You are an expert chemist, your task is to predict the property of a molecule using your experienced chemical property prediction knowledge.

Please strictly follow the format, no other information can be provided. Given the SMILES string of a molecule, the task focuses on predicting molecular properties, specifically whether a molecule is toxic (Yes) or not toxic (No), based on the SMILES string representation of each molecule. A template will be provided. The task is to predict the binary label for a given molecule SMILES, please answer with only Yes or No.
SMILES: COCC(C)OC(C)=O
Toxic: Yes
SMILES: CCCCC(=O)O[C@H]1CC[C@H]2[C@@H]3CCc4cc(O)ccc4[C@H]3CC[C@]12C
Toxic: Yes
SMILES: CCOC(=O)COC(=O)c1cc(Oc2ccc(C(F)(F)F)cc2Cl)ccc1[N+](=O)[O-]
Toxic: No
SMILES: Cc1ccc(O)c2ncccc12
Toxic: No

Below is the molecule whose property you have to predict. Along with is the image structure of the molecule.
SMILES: COC(=O)N(C(=O)N1CO[C@@]2(C(=O)OC)Cc3cc(Cl)ccc3C2=N1)c1ccc(OC(F)(F)F)cc1
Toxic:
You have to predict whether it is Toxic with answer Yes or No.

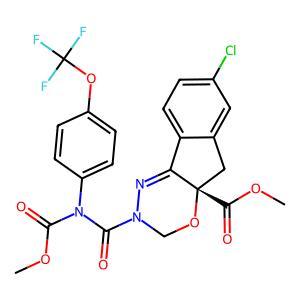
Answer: No